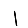
Digit: 1